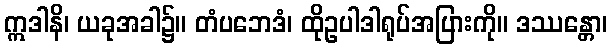
ဣဒါနိ၊ ယခုအခါ၌။ တံပဘေဒံ၊ ထိုဥပါဒါရုပ်အပြားကို။ ဒဿန္တော၊